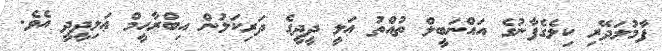
ފާމުލަދޭރި ކިލެގެފާނުގެ އައްނަބީލް ތުއްތު ޢަލީ ދީދީގެ ދަރިކަލުން އިބްރާހީމް ޢަލިދީދީ އެވެ.